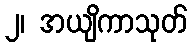
၂၊ အယျိကာသုတ်